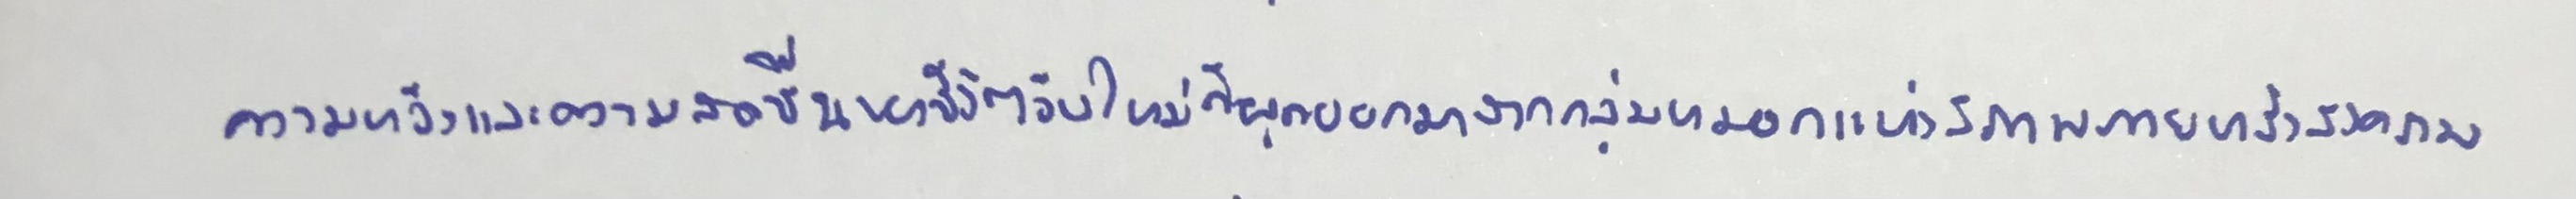
ความหวังและความสดชื่นของชีวิตวันใหม่ก็ผุดออกมาจากกลุ่มหมอกแห่งสภาพภายหลังสงคราม